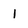
Character: 1